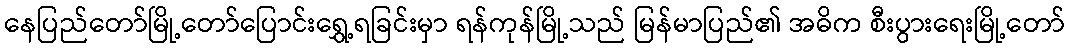
နေပြည်တော်မြို့တော်ပြောင်းရွှေ့ရခြင်းမှာ ရန်ကုန်မြို့သည် မြန်မာပြည်၏ အဓိက စီးပွားရေးမြို့တော်